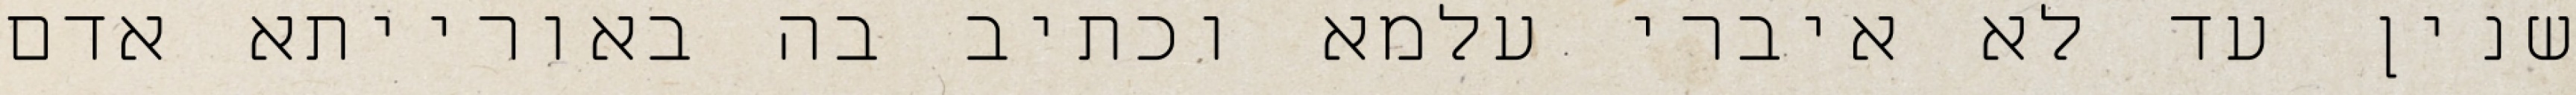
שנין עד לא איברי עלמא וכתיב בה באורייתא אדם